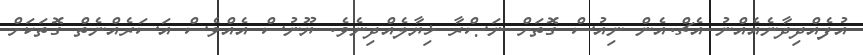
އުފެއްދިދާނެއެއްނު އެޗް.އެން ނިއުސް ގޮތަށް ނަޞްރާ ޚިޔާލެއްދިނެވެ. ޔޫނުސް އެއްވެސް އަސަރެއްނެތް ގޮތަކަށް